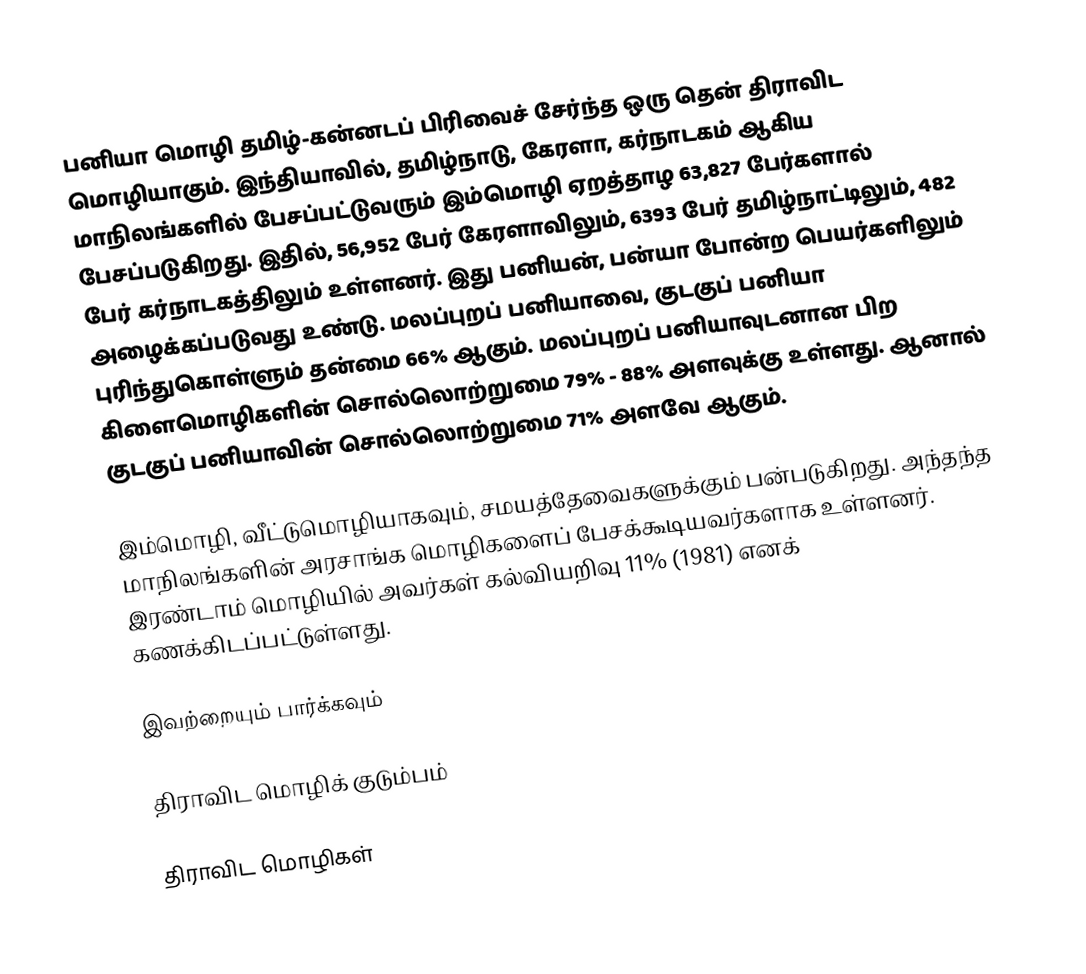
பனியா மொழி தமிழ்-கன்னடப் பிரிவைச் சேர்ந்த ஒரு தென் திராவிட மொழியாகும். இந்தியாவில், தமிழ்நாடு, கேரளா, கர்நாடகம் ஆகிய மாநிலங்களில் பேசப்பட்டுவரும் இம்மொழி ஏறத்தாழ 63,827 பேர்களால் பேசப்படுகிறது. இதில், 56,952 பேர் கேரளாவிலும், 6393 பேர் தமிழ்நாட்டிலும், 482 பேர் கர்நாடகத்திலும் உள்ளனர். இது பனியன், பன்யா போன்ற பெயர்களிலும் அழைக்கப்படுவது உண்டு. மலப்புறப் பனியாவை, குடகுப் பனியா புரிந்துகொள்ளும் தன்மை 66% ஆகும். மலப்புறப் பனியாவுடனான பிற கிளைமொழிகளின் சொல்லொற்றுமை 79% - 88% அளவுக்கு உள்ளது. ஆனால் குடகுப் பனியாவின் சொல்லொற்றுமை 71% அளவே ஆகும்.

இம்மொழி, வீட்டுமொழியாகவும், சமயத்தேவைகளுக்கும் பன்படுகிறது. அந்தந்த மாநிலங்களின் அரசாங்க மொழிகளைப் பேசக்கூடியவர்களாக உள்ளனர். இரண்டாம் மொழியில் அவர்கள் கல்வியறிவு 11% (1981) எனக் கணக்கிடப்பட்டுள்ளது.

இவற்றையும் பார்க்கவும்

 திராவிட மொழிக் குடும்பம்

திராவிட மொழிகள்